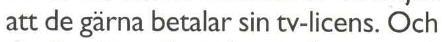
att de gärna betalar sin tv-licens. Och